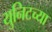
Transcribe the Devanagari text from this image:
युनिटच्या